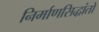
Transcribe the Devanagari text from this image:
निर्माणसिद्धांतों